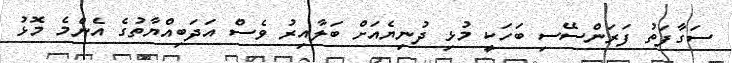
ސަގާފަތު ފަރަންސޭސި ބަހަކީ މުޅި ދުނިޔެއަށް ބަލާއިރު ވެސް އަދަބިއްޔާތުގެ އެންމެ މޮޅު